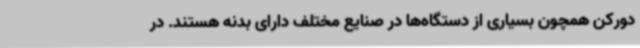
دورکن همچون بسیاری از دستگاه‌ها در صنایع مختلف دارای بدنه هستند. در